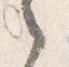
之